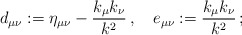
\begin{align*}d_{\mu\nu}:=\eta_{\mu\nu}-\frac{k_{\mu}k_{\nu}}{k^2}\,,\quad e_{\mu\nu}:=\frac{k_{\mu}k_{\nu}}{k^2}\,;\end{align*}